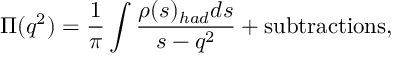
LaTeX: \Pi ( q ^ { 2 } ) = \frac { 1 } { \pi } \int \frac { \rho ( s ) _ { h a d } d s } { s - q ^ { 2 } } + \mathrm { s u b t r a c t i o n s } ,